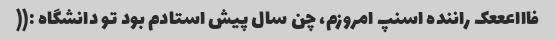
فاااعععک راننده اسنپ امروزم، چن سال پیش استادم بود تو دانشگاه :((